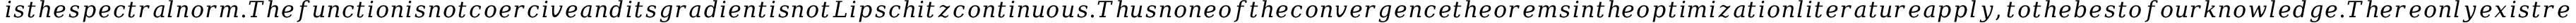
i s t h e s p e c t r a l n o r m . T h e f u n c t i o n i s n o t c o e r c i v e a n d i t s g r a d i e n t i s n o t L i p s c h i t z c o n t i n u o u s . T h u s n o n e o f t h e c o n v e r g e n c e t h e o r e m s i n t h e o p t i m i z a t i o n l i t e r a t u r e a p p l y , t o t h e b e s t o f o u r k n o w l e d g e . T h e r e o n l y e x i s t r e s u l t s t a i l o r e d t o l o w - r a n k m a t r i x f a c t o r i z a t i o n \cite [ T h e o r e m 3 . 1 ] { d u 2 0 1 8 a l g o r i t h m i c } \cite [ T h e o r e m 1 . 1 ] { y e 2 0 2 1 g l o b a l } . T h e y r e q u i r e i n i t i a l i z a t i o n n e a r t h e o r i g i n a n d